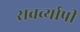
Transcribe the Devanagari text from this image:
सवर्व्यापी